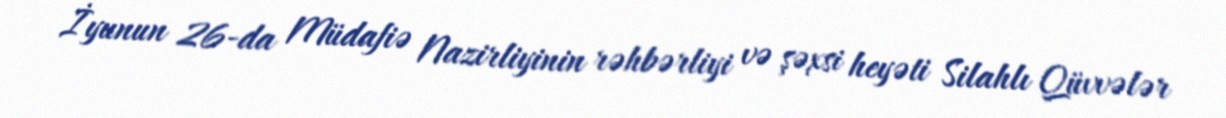
İyunun 26-da Müdafiə Nazirliyinin rəhbərliyi və şəxsi heyəti Silahlı Qüvvələr